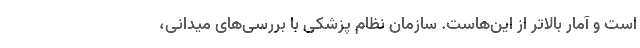
است و آمار بالاتر از این‌هاست. سازمان نظام پزشکی با بررسی‌های میدانی،